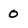
Character: O